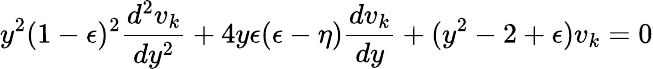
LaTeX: y^{2}(1-\epsilon)^{2}\frac{d^{2}v_{k}}{dy^{2}}+4y\epsilon(\epsilon-\eta)\frac{dv_{k}}{dy}+(y^{2}-2+\epsilon)v_{k}=0